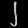
Digit: ၂